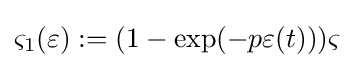
\varsigma _{1}(\varepsilon ):=(1-\exp(-p\varepsilon (t)))\varsigma